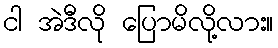
ငါ အဲဒီလို ပြောမိလို့လား။